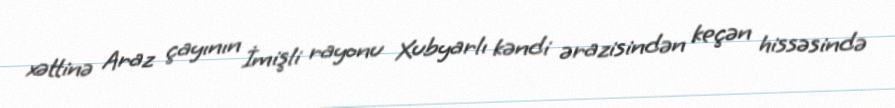
xəttinə Araz çayının İmişli rayonu Xubyarlı kəndi ərazisindən keçən hissəsində